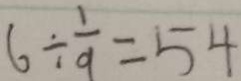
6 \div \frac { 1 } { 9 } = 5 4